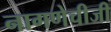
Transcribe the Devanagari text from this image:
नागणेचीजी